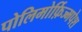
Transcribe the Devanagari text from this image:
पोलिमोर्फ़िज्मपेश